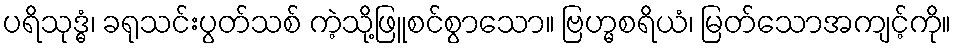
ပရိသုဒ္ဓံ၊ ခရုသင်းပွတ်သစ် ကဲ့သို့ဖြူစင်စွာသော။ ဗြဟ္မစရိယံ၊ မြတ်သောအကျင့်ကို။